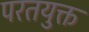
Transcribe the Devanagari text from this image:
परतयुक्त